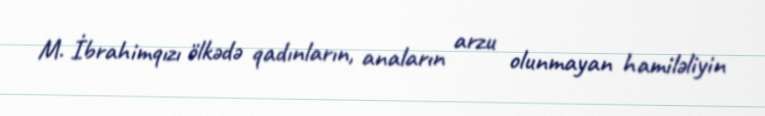
M. İbrahimqızı ölkədə qadınların, anaların arzu olunmayan hamiləliyin